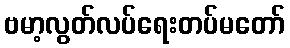
ဗမာ့လွတ်လပ်ရေးတပ်မတော်